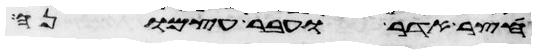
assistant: חצר אדר ועבר עצמונה